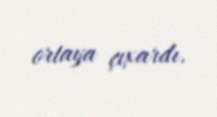
ortaya çıxardı.